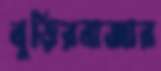
বুড়িরবাজার